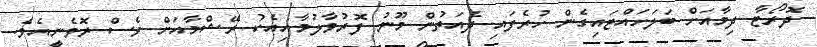
ދޮރޯޓާ ދިމާއަށް ބަލަހައްޓައިގެން ހުރެފައި ދެއަތުން މޫނު ފޮރުވާލުމާއިއެކު ރޭޝްމާއަށް ވެސް ރޮވެނީއެވެ.